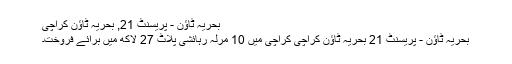
بحریہ ٹاؤن - پریسنٹ 21, بحریہ ٹاؤن کراچی
بحریہ ٹاؤن - پریسنٹ 21 بحریہ ٹاؤن کراچی کراچی میں 10 مرلہ رہائشی پلاٹ 27 لاکھ میں برائے فروخت۔